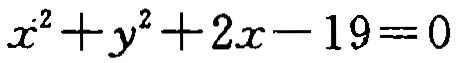
\(x^{2}+y^{2}+2x - 19 = 0\)